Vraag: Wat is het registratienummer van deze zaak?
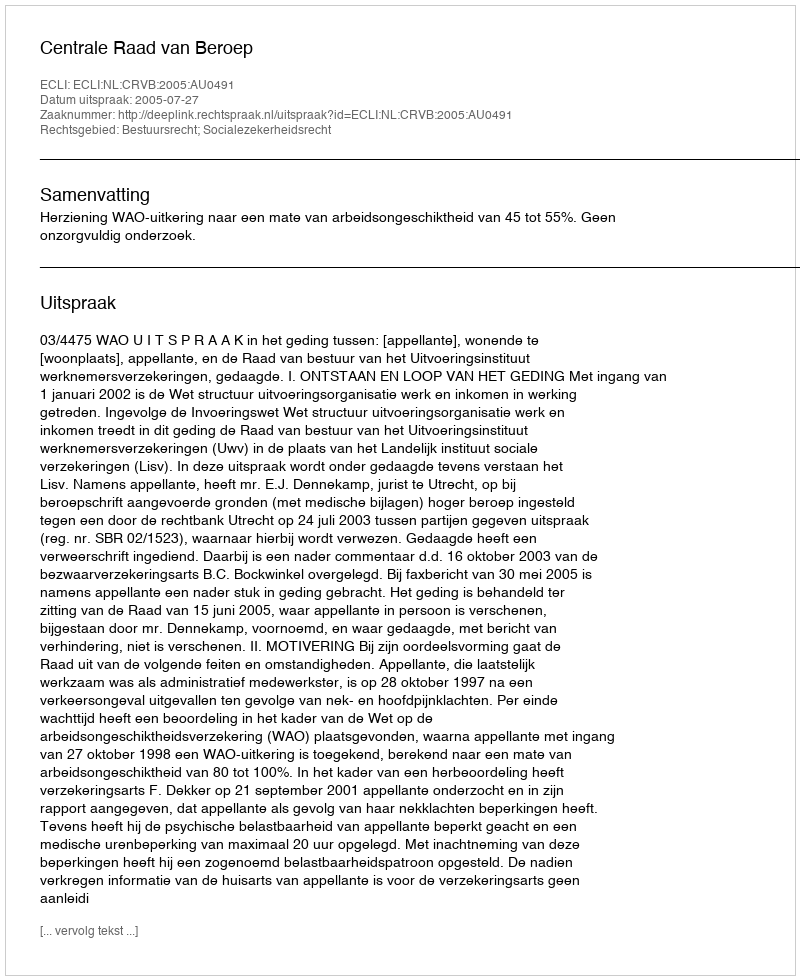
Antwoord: http://deeplink.rechtspraak.nl/uitspraak?id=ECLI:NL:CRVB:2005:AU0491